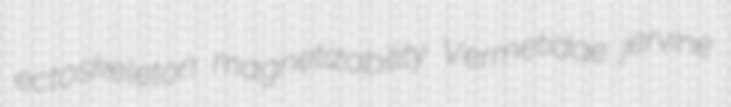
ectoskeleton magnetizability Vermetidae jervine